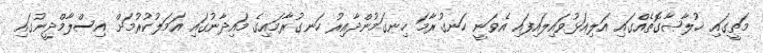
މަތީގައި ޚުލާޞާގޮތެއްގައި އަލިއަޅުވައިލައިފައި އެވަނީ ހަނގުރާމަ ހިނގަމުންދާއިރު ހަނގުރާމައިގެ މައިދާނުގައި އަމަލުކުރުމަށް އިސްލާމްދީނުގައި